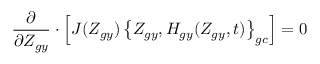
\frac { \partial } { \partial Z _ { g y } } \boldsymbol { \cdot } \left[ { \cal J } ( Z _ { g y } ) \left\{ Z _ { g y } , H _ { g y } ( Z _ { g y } , t ) \right\} _ { g c } \right] = 0